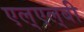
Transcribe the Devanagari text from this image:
एल्‌एल्‌बी